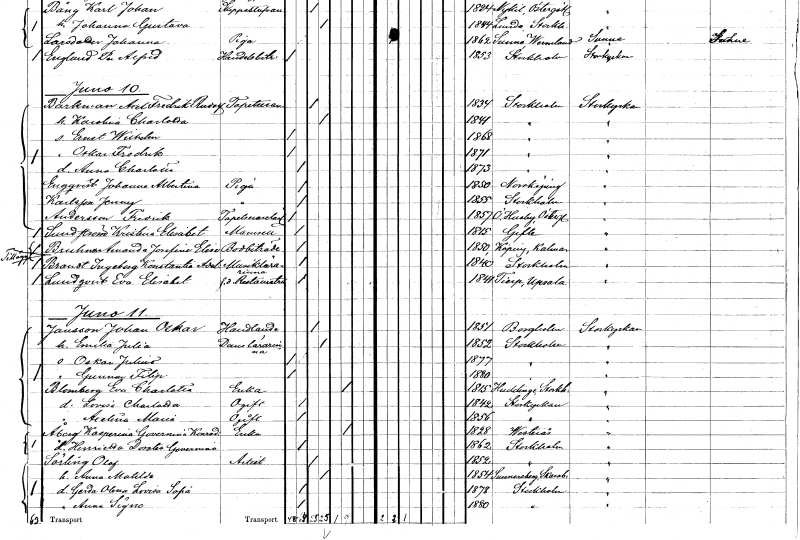
gt_parse: households: individuals: FN: Axel Fredrik Rudolf
EN: Barkman
YRKE: Tapetserare
KON: M
CIV: G
FODAR: 1834
FODFORS: Stockholm
FN: Karolina Charlotta
KON: K
CIV: G
FODAR: 1841
FODFORS: Stockholm
FN: Ernst Wilhelm
KON: M
CIV: O
FODAR: 1868
FODFORS: Stockholm
FN: Oskar Fredrik
KON: M
CIV: O
FODAR: 1871
FODFORS: Stockholm
FN: Anna Charlotta
KON: K
CIV: O
FODAR: 1873
FODFORS: Stockholm
FN: Johanna Albertina
EN: Enqvist
YRKE: Piga
KON: K
CIV: O
FODAR: 1850
FODFORS: Norrköping Östergötlands län
FN: Jenny
EN: Karlsson
YRKE: Piga
KON: K
CIV: O
FODAR: 1855
FODFORS: Stockholm
FN: Fredrik
EN: Andersson
YRKE: Tapetserarelärling
KON: M
CIV: O
FODAR: 1857
FODFORS: Östra Husby Östergötlands län
FN: Kristina Elisabet
EN: Sundström
KON: K
CIV: O
FODAR: 1815
FODFORS: Gävle Gävleborgs län
FN: Amanda Josefina
EN: Bruhman
YRKE: Bodbiträde
KON: K
CIV: O
FODAR: 1850
FODFORS: Köping Kalmar län
FN: Ingeborg Konstantia Adolfina
EN: Brandt
YRKE: Musiklärarinna
KON: K
CIV: O
FODAR: 1840
FODFORS: Stockholm
FN: Eva Elisabet
EN: Lundqvist
YRKE: Restauratrice f.d.
KON: K
CIV: O
FODAR: 1841
FODFORS: Tierp Uppsala län
FN: Johan Oskar
EN: Jansson
YRKE: Handlande
KON: M
CIV: G
FODAR: 1851
FODFORS: Borgholm Kalmar län
FN: Emilia Julia
YRKE: Danslärarinna
KON: K
CIV: G
FODAR: 1852
FODFORS: Stockholm
FN: Oskar Julius
KON: M
CIV: O
FODAR: 1877
FODFORS: Stockholm
FN: Gunnar Filip
KON: M
CIV: O
FODAR: 1880
FODFORS: Stockholm
FN: Eva Charlotta
EN: Blomberg
YRKE: Änka
KON: K
CIV: E
FODAR: 1815
FODFORS: Huddinge Stockholms län
FN: Lovisa Charlotta
KON: K
CIV: O
FODAR: 1842
FODFORS: Storkyrkoförsamlingen Stockholms stad
FN: Axelina Maria
KON: K
CIV: O
FODAR: 1856
FODFORS: Storkyrkoförsamlingen Stockholms stad
FN: Kasperina Governina Konradina
EN: Åberg
YRKE: Änka
KON: K
CIV: E
FODAR: 1828
FODFORS: Västerås Västmanlands län
FN: Henrietta Dorotea Governina
KON: K
CIV: O
FODAR: 1862
FODFORS: Stockholm
FN: Olof
EN: Sörling
YRKE: Artist
KON: M
CIV: G
FODAR: 1852
FODFORS: Stockholm
FN: Anna Matilda
KON: K
CIV: G
FODAR: 1854
FODFORS: Sunnersberg Skaraborgs län
FN: Gerda Olena Lovisa Sofia
KON: K
CIV: O
FODAR: 1878
FODFORS: Stockholm
FN: Anna Signe
KON: K
CIV: O
FODAR: 1880
FODFORS: Stockholm